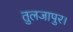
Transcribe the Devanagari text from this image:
तुलजापुर।